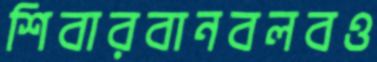
শিবারবানবলবও